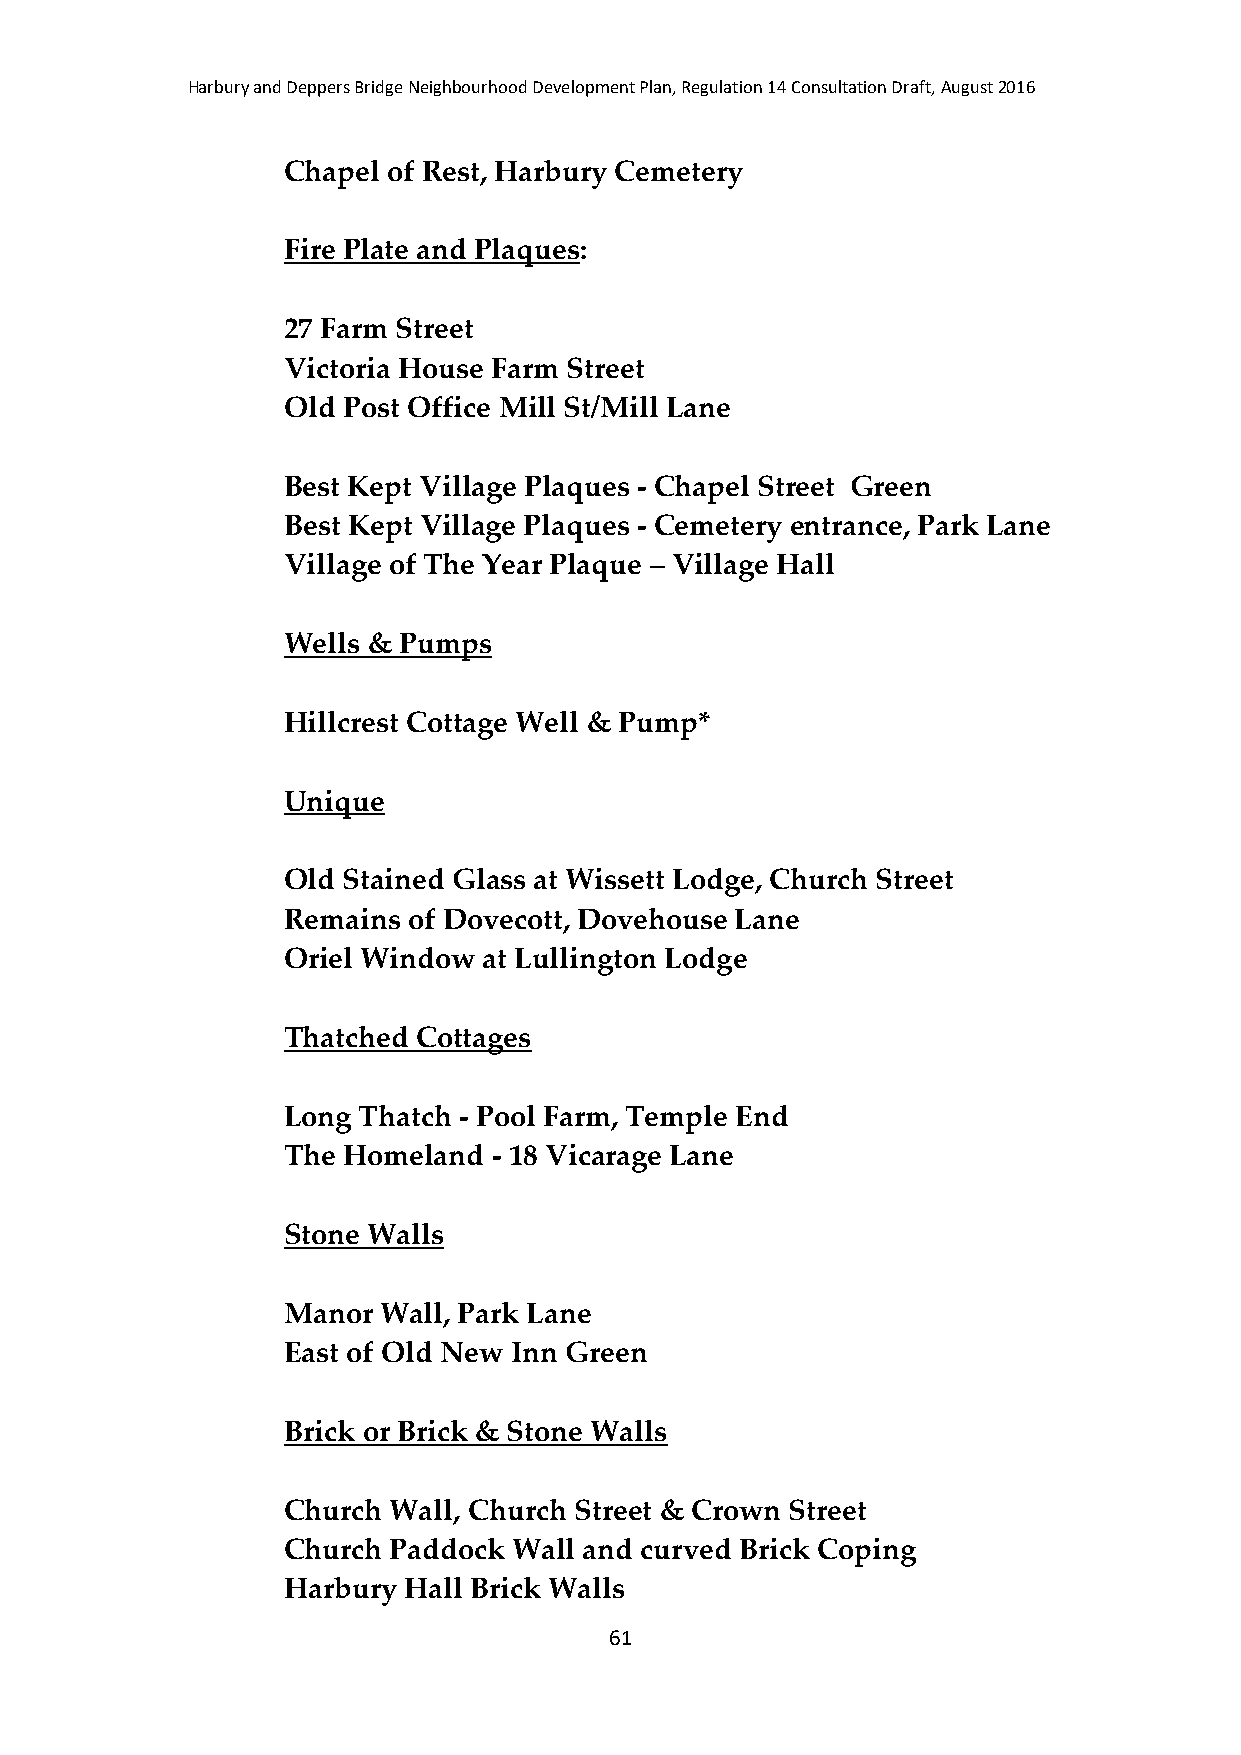
Harbury and Deppers Bridge Neighbourhood Development Plan, Regulation 14 Consultation Draft, August 2016
 Chapel of Rest, Harbury Cemetery
 Fire Plate and Plaques:
 27 Farm Street
 Victoria House Farm Street
 Old Post Office Mill St/Mill Lane
 Best Kept Village Plaques - Chapel Street Green
 Best Kept Village Plaques - Cemetery entrance, Park Lane
 Village of The Year Plaque – Village Hall
 Wells & Pumps
 Hillcrest Cottage Well & Pump*
 Unique
 Old Stained Glass at Wissett Lodge, Church Street
 Remains of Dovecott, Dovehouse Lane
 Oriel Window at Lullington Lodge
 Thatched Cottages
 Long Thatch - Pool Farm, Temple End
 The Homeland  - 18 Vicarage Lane
 Stone Walls
 Manor Wall, Park Lane
 East of Old New Inn Green
 Brick or Brick & Stone Walls
 Church Wall, Church Street & Crown Street
 Church Paddock Wall and curved Brick Coping
 Harbury Hall Brick Walls
 61